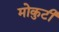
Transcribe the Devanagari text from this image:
मोकुटी